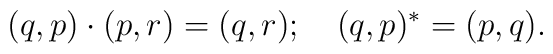
(q,p) \cdot (p,r) = (q,r);  \quad  (q,p)^* = (p,q).